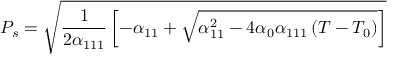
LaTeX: P _ { s } = { \sqrt { { \frac { 1 } { 2 \alpha _ { 1 1 1 } } } \left[ - \alpha _ { 1 1 } + { \sqrt { \alpha _ { 1 1 } ^ { 2 } - 4 \alpha _ { 0 } \alpha _ { 1 1 1 } \left( T - T _ { 0 } \right) } } \right] } }